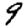
Digit: 9